Report on the working of the Ranchi Indian Mental Hospital, Kanke, in Bihar and Orissa - 1930-1940
Year: 1930
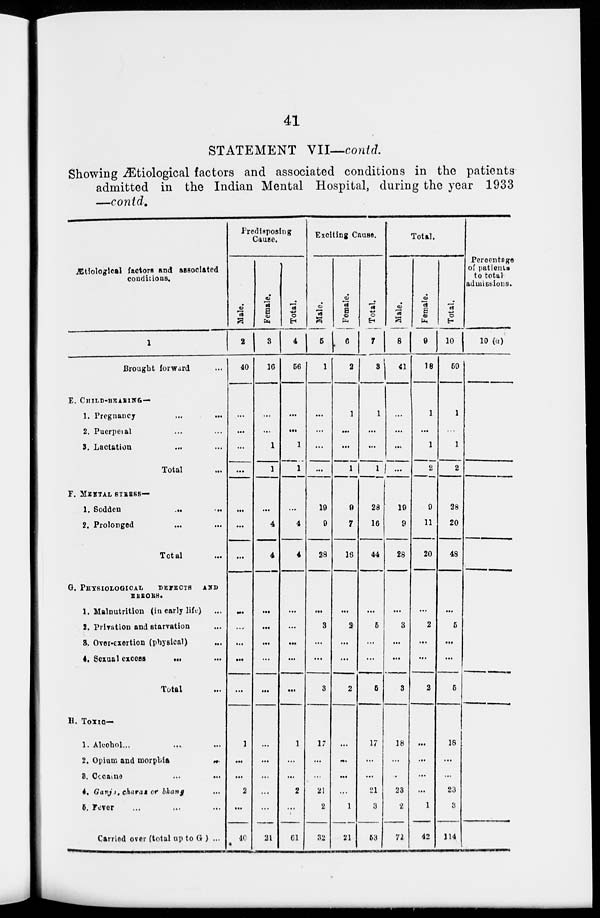
41
STATEMENT VII—contd.
Showing Ætiological factors and associated conditions in the patients
admitted in the Indian Mental Hospital, during the year 1933
—contd.
Ætiological factors and associated
conditions.
1
Brought forward ...
E. CHILD-BEARING —
1. Pregnancy ... ...
2. Puerperal ... ...
3. Lactation ... ...
Total ...
F.
G.
H.
MENTAL STRESS—
1. Sodden
...
...
2. Prolonged ... ...
Total ...
PHYSIOLOGICAL
DEFECTS AND
ERRORS.
1. Malnutrition (in early life) ...
2. Privation and starvation ...
3. Over-exertion (physical) ...
4. Sexual excess
... ...
Total ...
Toxic—
1. Alcohol ...
... ...
2. Opium and morphia
...
3. Cocaine ... ...
4. Ganja, charas or bhang ...
5. Fever ... ... ...
Carried over (total up to G ) ...
Predisposing
Cause.
Male.
2
40
...
...
...
...
...
...
...
...
...
...
...
...
1
...
...
2
...
40
Female.
3
16
...
...
1
1
...
4
4
...
...
...
...
...
...
...
...
...
...
21
Total.
4
56
...
...
1
1
...
4
4
...
...
...
...
...
1
...
...
2
...
61
Exciting Cause.
Male.
5
1
...
...
...
...
19
9
28
...
3
...
...
3
17
...
...
21
2
32
Female.
6
2
1
...
...
1
9
7
16
...
2
...
...
2
...
...
...
...
1
21
Total.
7
3
1
...
...
1
28
16
44
...
5
...
...
5
17
...
...
21
3
53
Total.
Male.
8
41
...
...
...
...
19
9
28
...
3
...
...
3
18
...
...
23
2
72
Female.
9
18
1
...
1
2
9
11
20
...
2
...
...
2
...
...
...
...
1
42
Total.
10
59
1
...
1
2
28
20
48
...
5
...
...
5
18
...
...
23
3
114
Percentage
of patients
to total
admissions.
10 (a)